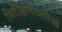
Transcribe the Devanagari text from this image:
निरीक्षणकर्ताओं